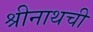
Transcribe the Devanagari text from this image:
श्रीनाथची